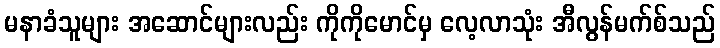
မနာခံသူများ အဆောင်များလည်း ကိုကိုမောင်မှ လေ့လာသုံး အီလွန်မက်စ်သည်